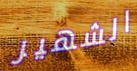
الشهير